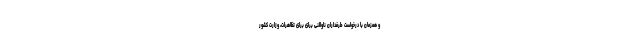
و همزمان با درخواست طرفداران ناوالنی برای برای تظاهرات، وزارت کشور